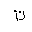
Letter: _ta